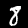
Digit: 8